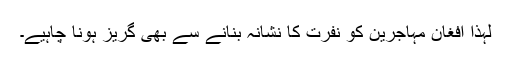
لہٰذا افغان مہاجرین کو نفرت کا نشانہ بنانے سے بھی گریز ہونا چاہیے۔